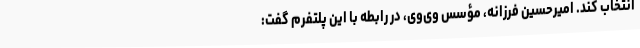
انتخاب کند. امیرحسین فرزانه، مؤسس وی‌وی، در رابطه با این پلتفرم گفت: